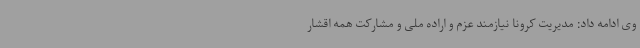
وی ادامه داد: مدیریت کرونا نیازمند عزم و اراده ملی و مشارکت همه اقشار